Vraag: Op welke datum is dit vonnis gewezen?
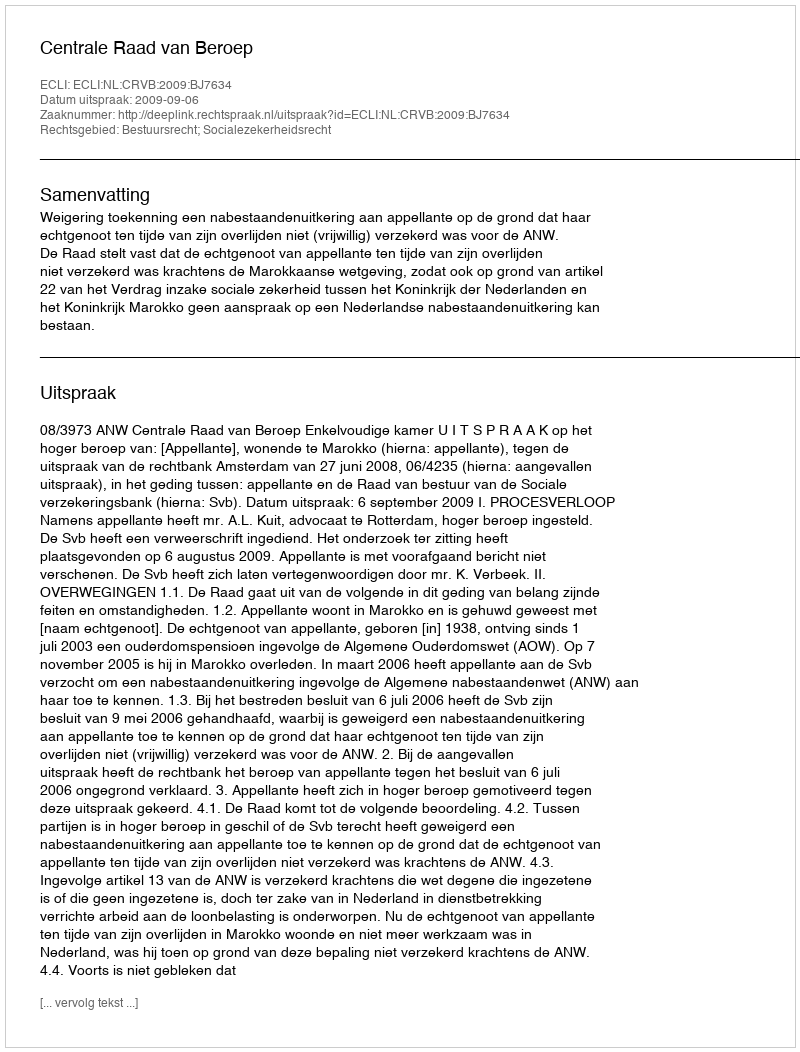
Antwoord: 2009-09-06